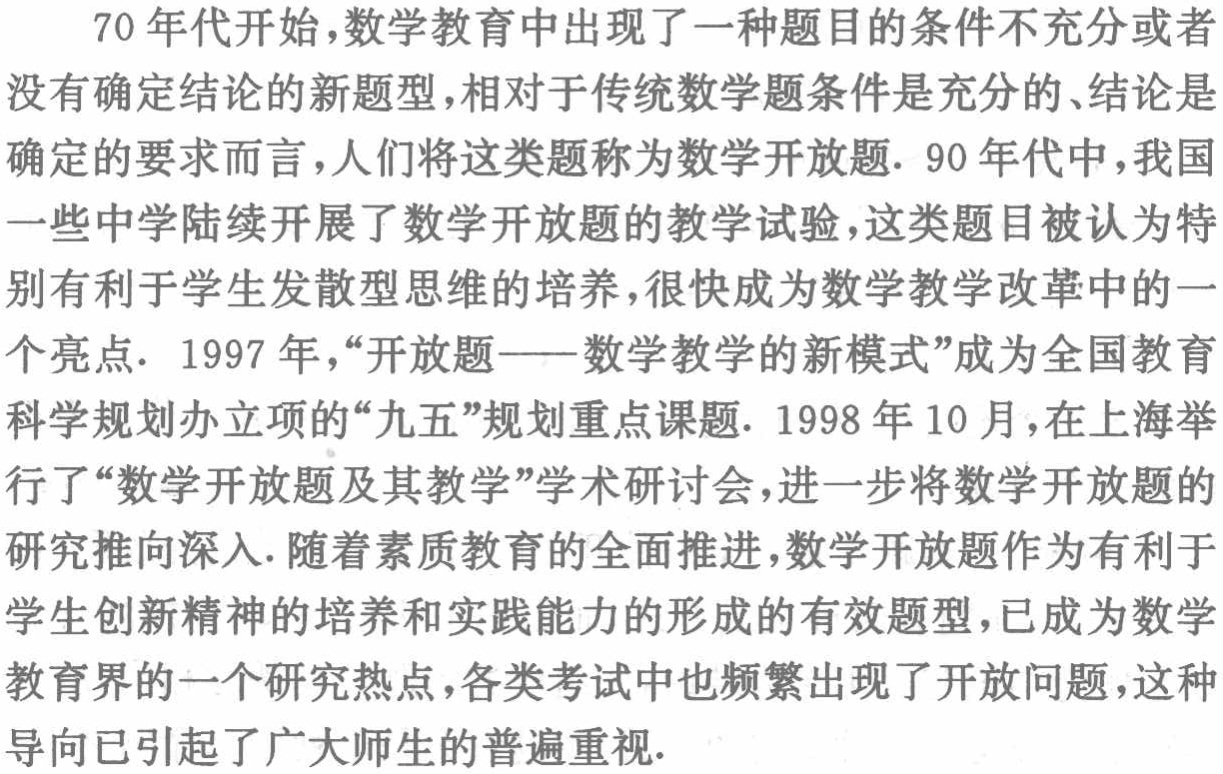
70 年代开始，数学教育中出现了一种题目的条件不充分或者没有确定结论的新题型，相对于传统数学题条件是充分的、结论是确定的要求而言，人们将这类题称为数学开放题. 90 年代中，我国一些中学陆续开展了数学开放题的教学试验，这类题目被认为特别有利于学生发散型思维的培养，很快成为数学教学改革中的一个亮点. 1997 年，“开放题——数学教学的新模式”成为全国教育科学规划办立项的“九五”规划重点课题. 1998 年 10 月，在上海举行了“数学开放题及其教学”学术研讨会，进一步将数学开放题的研究推向深入. 随着素质教育的全面推进，数学开放题作为有利于学生创新精神的培养和实践能力的形成的有效题型，已成为数学教育界的一个研究热点，各类考试中也频繁出现了开放问题，这种导向已引起了广大师生的普遍重视.